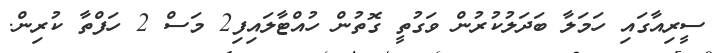
ސީރިއާގައި ހަމަލާ ބަދަލުކުރުން ވަގުތީ ގޮތުން ހުއްޓާލައިފި2 މަސް 2 ހަފްތާ ކުރިން.